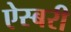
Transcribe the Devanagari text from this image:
ऐस्बरी